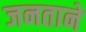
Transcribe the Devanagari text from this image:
जनताने